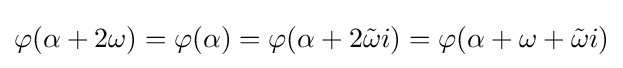
\varphi (\alpha +2\omega )=\varphi (\alpha )=\varphi (\alpha +2{\tilde {\omega }}i)=\varphi (\alpha +\omega +{\tilde {\omega }}i)